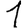
Digit: 1